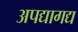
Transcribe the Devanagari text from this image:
अपद्यागद्य